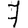
Digit: 7